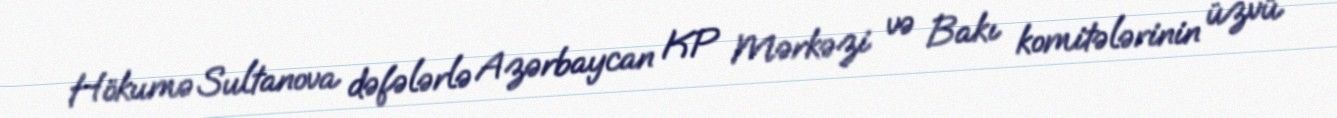
Hökumə Sultanova dəfələrlə Azərbaycan KP Mərkəzi və Bakı komitələrinin üzvü